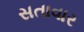
સતાવાર